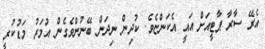
އެރޭ ސާރާ ޕާޓީއަށް އައީ އެކަންޏެވެ. ކުދިން ނިދަން ބޭނުންވެގެން އުމަރު މަޑުކުރީ